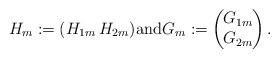
LaTeX: \begin{align*}H_m:=(H_{1m}\, H_{2m}){\rm and}G_m:=\left(\!\!\!\begin{array}{c}G_{1m}\\G_{2m}\end{array}\!\!\!\right).\end{align*}